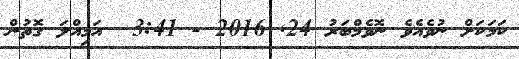
ކަމަކަށް ނުވެއެވެ ނޮވެމްބަރު 24